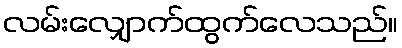
လမ်းလျှောက်ထွက်လေသည်။